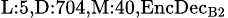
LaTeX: _{\textrm{L}:5,\textrm{D}:704,\textrm{M}:40,\textrm{EncDec}_{\textrm{B}2}}